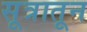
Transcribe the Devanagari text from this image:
सूत्रातून